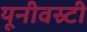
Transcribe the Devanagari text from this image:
यूनीवस्र्टी